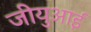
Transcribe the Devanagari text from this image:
जीयुआई